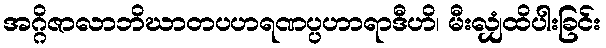
အဂ္ဂိဇာလာဘိဃာတပဟရဏပ္ပဟာရာဒီဟိ၊ မီးလျှံထိပါးခြင်း